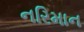
નરિમાન